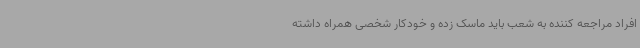
افراد مراجعه کننده به شعب باید ماسک زده و خودکار شخصی همراه داشته